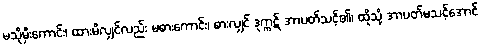
မသိုမှီးကောင်း၊ ထားမိလျှင်လည်း မစားကောင်း၊ စားလျှင် ဒုက္ကဋ် အာပတ်သင့်၏၊ ထိုသို့ အာပတ်မသင့်အောင်